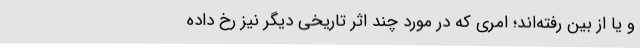
و یا از بین رفته‌اند؛ امری که در مورد چند اثر تاریخی دیگر نیز رخ داده